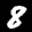
Label: 8